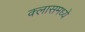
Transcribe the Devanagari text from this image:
क्लासमध्ये